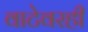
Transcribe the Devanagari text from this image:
वाटेवरही